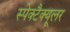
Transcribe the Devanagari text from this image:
स्पेक्टैक्यूलर